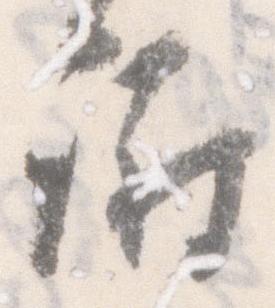
謝